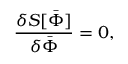
{ \frac { \delta S [ \bar { \mit \Phi } ] } { \delta \bar { \mit \Phi } } } = 0 ,